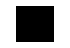
.